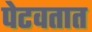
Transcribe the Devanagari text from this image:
पेटवतात